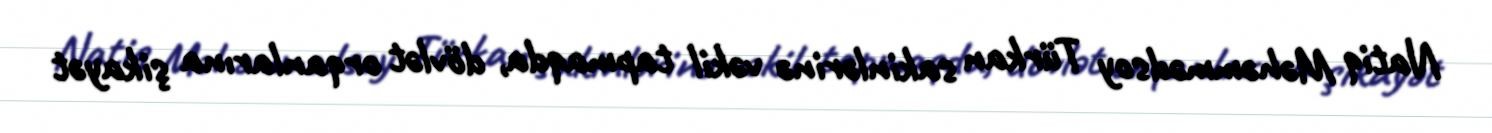
Natiq Məhəmmədsoy Türkan sakinlərinə vəkil tapmaqda, dövlət orqanlarına şikayət